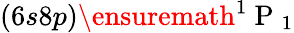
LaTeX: (6s8p)\ensuremath{{^1\mathrm{~P~}_{1}}}